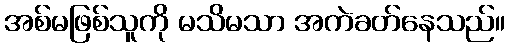
အစ်မဖြစ်သူကို မသိမသာ အကဲခတ်နေသည်။